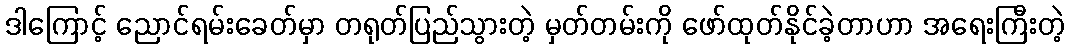
ဒါကြောင့် ညောင်ရမ်းခေတ်မှာ တရုတ်ပြည်သွားတဲ့ မှတ်တမ်းကို ဖော်ထုတ်နိုင်ခဲ့တာဟာ အရေးကြီးတဲ့